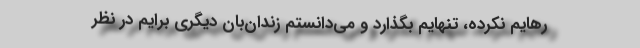
رهایم نکرده، تنهایم بگذارد و می‌دانستم زندان‌بان دیگری برایم در نظر